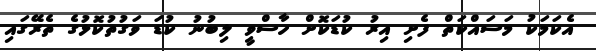
އެކަމަކު މަސައްކަތް ފެށި އިރު ކުޑަކޮށް ހާސްވީ ލިބުނު ކުޑަ ވަގުތުކޮޅުގެ ތެރޭގައި